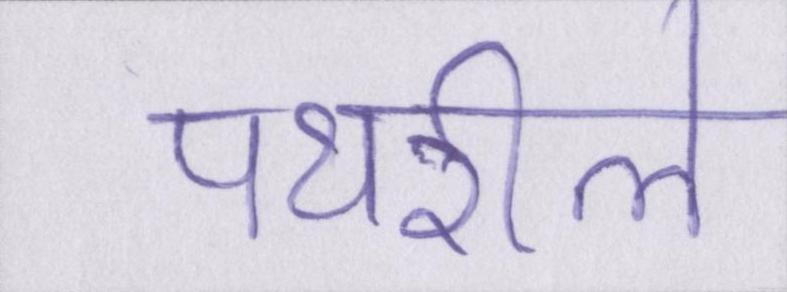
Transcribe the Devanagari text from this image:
पथरीले